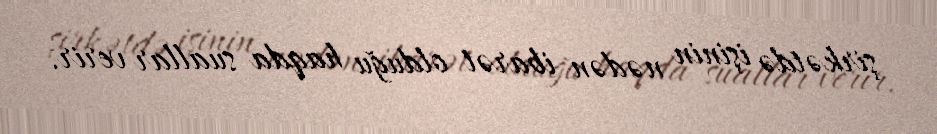
şirkətdə işinin nədən ibarət olduğu haqda suallar verir.